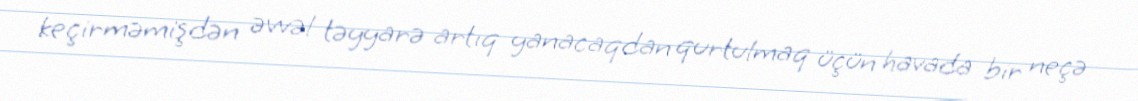
keçirməmişdən əvvəl təyyarə artıq yanacaqdan qurtulmaq üçün havada bir neçə